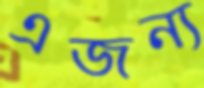
এজন্য